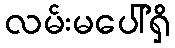
လမ်းမပေါ်ရှိ